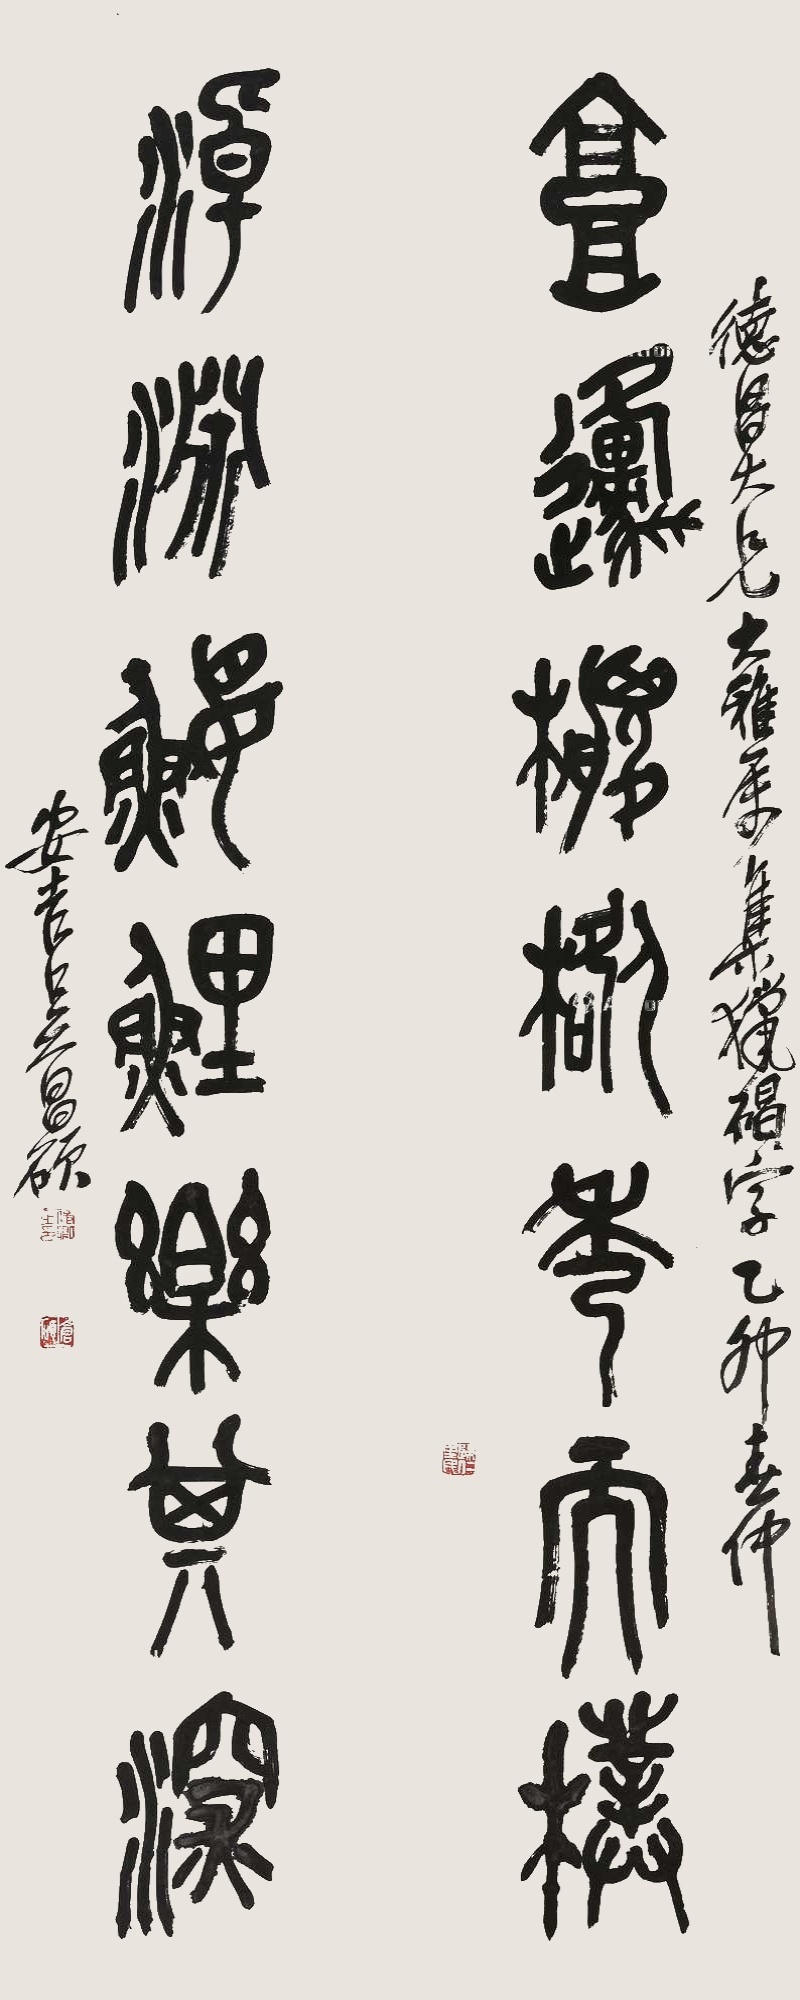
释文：高原棕桕秀而朴，淖渊𫚢鲤乐其深。德昌大兄大雅属。集猎碣字，乙卯春仲，安吉吴昌硕。